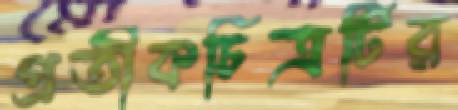
প্রতীকচিত্রটির